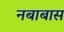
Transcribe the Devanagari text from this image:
नबाबास